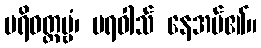
ပရိဝတ္တဗ္ဗံ၊ ပရဝါသ် နေအပ်၏။